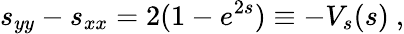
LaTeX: s_{yy}-s_{xx}=2(1-e^{2s})\equiv-V_{s}(s)~,